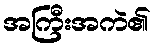
အကြီးအကဲ၏